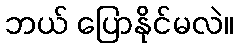
ဘယ် ပြောနိုင်မလဲ။